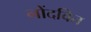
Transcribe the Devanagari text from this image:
नोंदवित